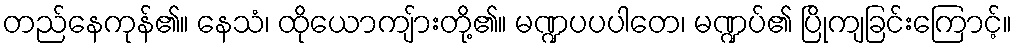
တည်နေကုန်၏။ နေသံ၊ ထိုယောကျ်ားတို့၏။ မဏ္ဍပပပါတေ၊ မဏ္ဍပ်၏ ပြိုကျခြင်းကြောင့်။